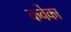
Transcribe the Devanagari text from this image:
कवेका